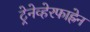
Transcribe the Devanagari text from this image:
ट्रेनेव्हेरफाह्रेन